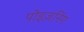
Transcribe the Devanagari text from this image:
पोइज़निंग